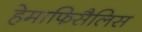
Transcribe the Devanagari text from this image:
हेमाफिसैलिस